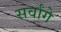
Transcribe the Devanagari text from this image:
सर्वांगे